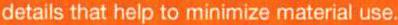
details that help to minimize material use.